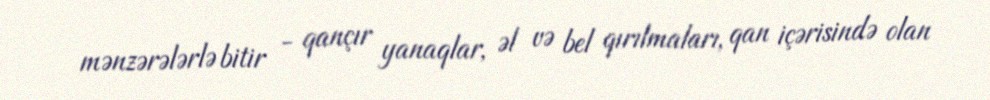
mənzərələrlə bitir - qançır yanaqlar, əl və bel qırılmaları, qan içərisində olan